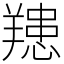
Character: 䍺